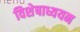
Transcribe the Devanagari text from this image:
विशेषाध्ययन